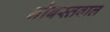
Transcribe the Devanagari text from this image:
नौबस्तवाल